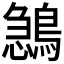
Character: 𪂺